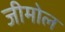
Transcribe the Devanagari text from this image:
जीमोल